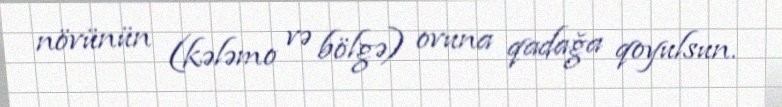
növünün (kələmo və bölgə) ovuna qadağa qoyulsun.